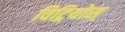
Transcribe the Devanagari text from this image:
विट्रियोस्